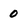
Character: 0